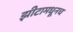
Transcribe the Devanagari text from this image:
झीटामधूनच